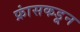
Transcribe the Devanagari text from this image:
फ्रांसकडून